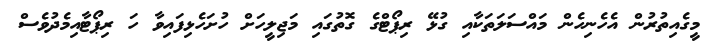
މީގެއިތުރުން އެހެނިހެން މައްސަލަތަކާއި ގުޅޭ ރިޕޯޓްގެ ގޮތުގައި މަޖިލީހަށް ހުށަހެޅިފައިވާ ހަ ރިޕޯޓާއިމެދުވެސް